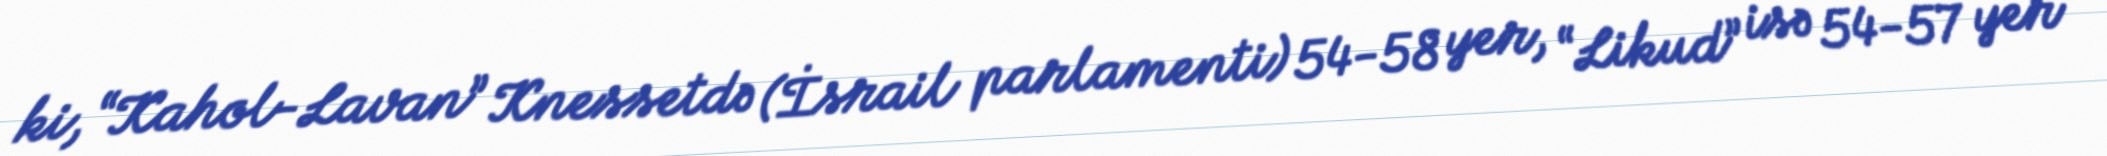
ki, “Kahol-Lavan” Knessetdə (İsrail parlamenti) 54-58 yer, “Likud” isə 54-57 yer